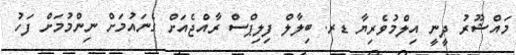
މައްޝޫރު ދީނީ އިލްމުވެރިޔާ ޑރ. ބިލާލް ފިލިޕްސް ރާއްޖެއަށް ގެނައުމަށް ނިންމުމަށް ފަހު